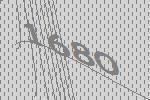
1680